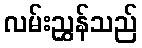
လမ်းညွှန်သည်